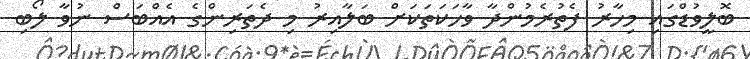
ބޮލީވުޑްގައި މިހާރު ފެތުރެމުންދާ ވާހަކަތަކަށް ބަލާއިރު މި ދެތަރިންގެ އެއްބަސް ނުވާ ލޯބި